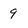
Character: 9